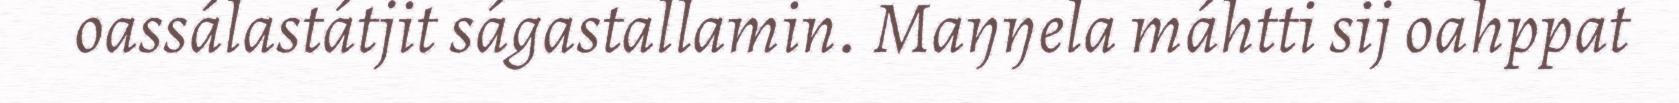
oassálastátjit ságastallamin. Maŋŋela máhtti sij oahppat